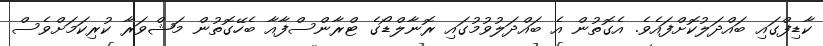
ކާޑިފްގައި ބައްދަލުކޮށްފައެވެ. އެގޮތުން އެ ބައްދަލުވުމުގައި ރޮނާލްޑޯގެ ޓްރާންސްފާއާ ބެހޭގޮތުން މަޝްވަރާ ކުރިކަމަށްވެސް